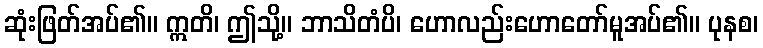
ဆုံးဖြတ်အပ်၏။ ဣတိ၊ ဤသို့။ ဘာသိတံပိ၊ ဟောလည်းဟောတော်မူအပ်၏။ ပုနစ၊